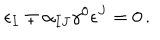
LaTeX: \epsilon _ { I } \mp \alpha _ { I J } \gamma ^ { 0 } \epsilon ^ { J } = 0 \, .